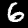
Label: 6